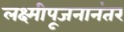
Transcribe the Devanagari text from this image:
लक्ष्मीपूजनानंतर